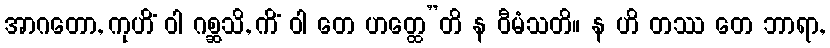
အာဂတော, ကုဟိံ ဝါ ဂစ္ဆသိ, ကိံ ဝါ တေ ဟတ္ထေ”တိ န ဝီမံသတိ။ န ဟိ တဿ တေ ဘာရာ,